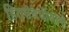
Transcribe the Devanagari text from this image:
हितसंबधीयांनी